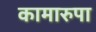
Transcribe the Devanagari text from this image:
कामारुपा